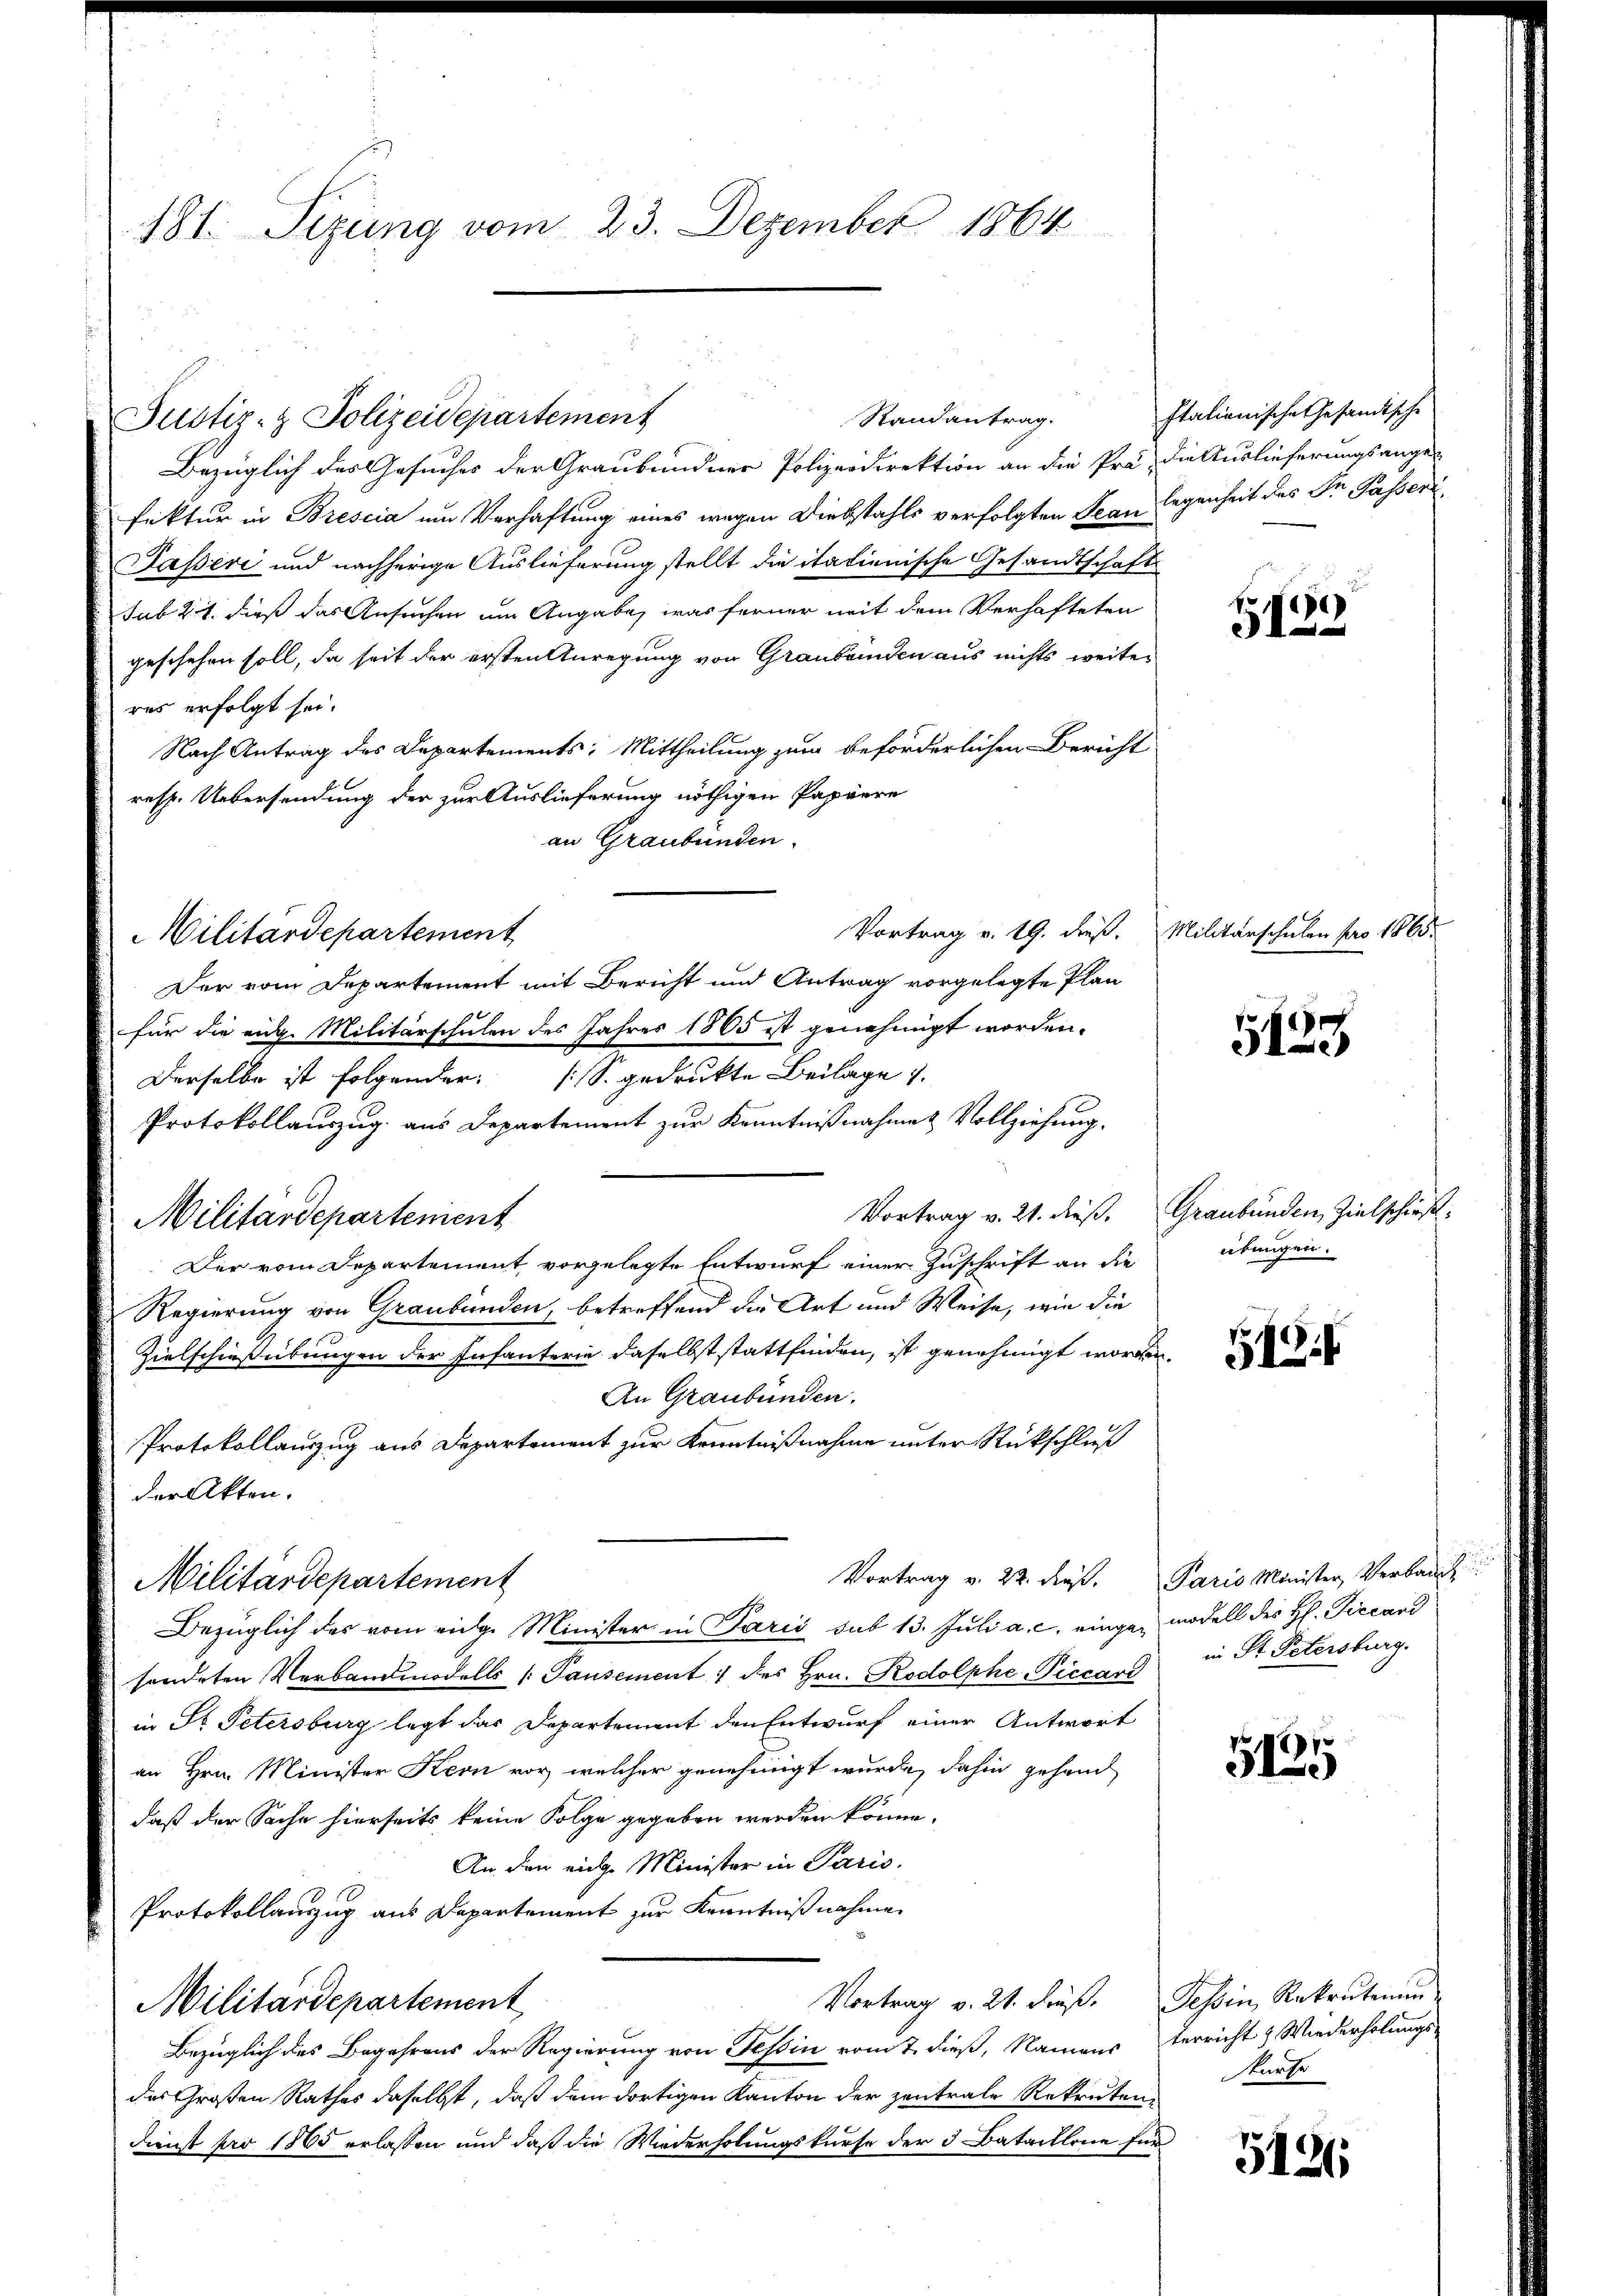
181. Sizung vom 23. Dezember 1864

Bezüglich des Gesuches der Graubündner Polizeidirektion an die Prä- die Auslieferungsange-
fektur in Brescia um Verhaftung eines wegen Diebstahls verfolgten Scan legenheit des Dr Passer¬
Pässeri und nachherige Auslieferung stellt die italienische Gesandtschaft
sub 27. dieß das Ansuchen um Angabe, was ferner mit dem Verhafteten
geschehen soll, da seit der ersten Anregung von Graubünden aus nichts weiter
res erfolgt sei.
Nach Antrag des Departements: Mittheilung zum beförderlichen Bericht
resp. Uebersendung der zur Auslieferung nöthigen Papiere
an Graubünden.
Vortrag v. 19. dieß. Militärschulen pro 1865.
Der vom Departement mit Bericht und Antrag vorgelegte Plan
für die eidg. Militärschulen des Jahres 1865 ist genehmigt worden.
Derselbe ist folgender (S. gedrukte Beilage 1.
Protokollauszug aus Departement zur Kenntnißnahme & Vollziehung.
Militardepartement
Der vom Departement vorgelegte Entwurf einer Zuschrift an die
Regierung von Graubünden, betreffend die Art und Weise, wie die
Zielschießübungen der Infanterie daselbst stattfinden, ist genehmigt worden.
An Graubünden.
Protokollauszug aus Departement zur Kenntnißnahme unter Rückschluß
der Akten.
Vortrag v. 22. dieß. Paris Minister Verbauch
Militärdepartement
Bezüglich des vom eidge Minister in Paris sub 13. Juli a. c. einge, modell des H. Piccard
sendeten Verbandmodells (Pausement :/ des Hrn. Rodolphe Piccars in St. Petersburg.
in St. Petersburg legt das Departement den Entwurf einer Antwort
an Hrn. Minister Kern vor, welcher genehmigt wurde, dahin gehand
daß der Sache hierseits keine Folge gegeben werden könne,
An den riche Minister in Paris.
Protokollauszug aus Departement zur Kenntnißnahme
Vortrag v. 21. dieβ. Tessin, Rekrutenan
Militärdepartement
Bezüglich des Begehrens der Regierung von Tessin vom 7. dieß, Namens Verricht & Wiederholungs-
des Großen Rathes daselbst, daß dem dortigen Kanton der zentrale Rekruten-
Dienst pro 1865 erlassen und daß die Wiederholungskurse der 5 Bataillone für

Militärdepartement

Justiz- & Polizeidepartement

Randantrag.

Italienische Gesandtische

e
5

5439

Vortrag v. 21. dieß. Graubünden Zielschiedeübungen.

518

f
5150

5126

karte